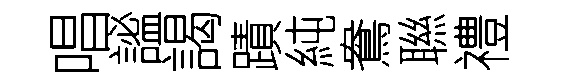
唱謐謁蹟純鴦聮禮